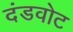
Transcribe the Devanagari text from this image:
दंडवोट